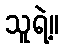
သူရဲ့။